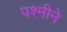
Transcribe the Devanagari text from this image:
पश्मीने